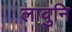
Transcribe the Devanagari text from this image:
लावुनि